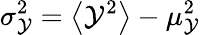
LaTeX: \sigma_{\mathcal{Y}}^{2}=\big<\mathcal{Y}^{2}\big>-\mu_{\mathcal{Y}}^{2}